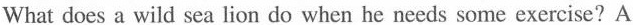
does a wild sea lion do when he needs some exercise?A